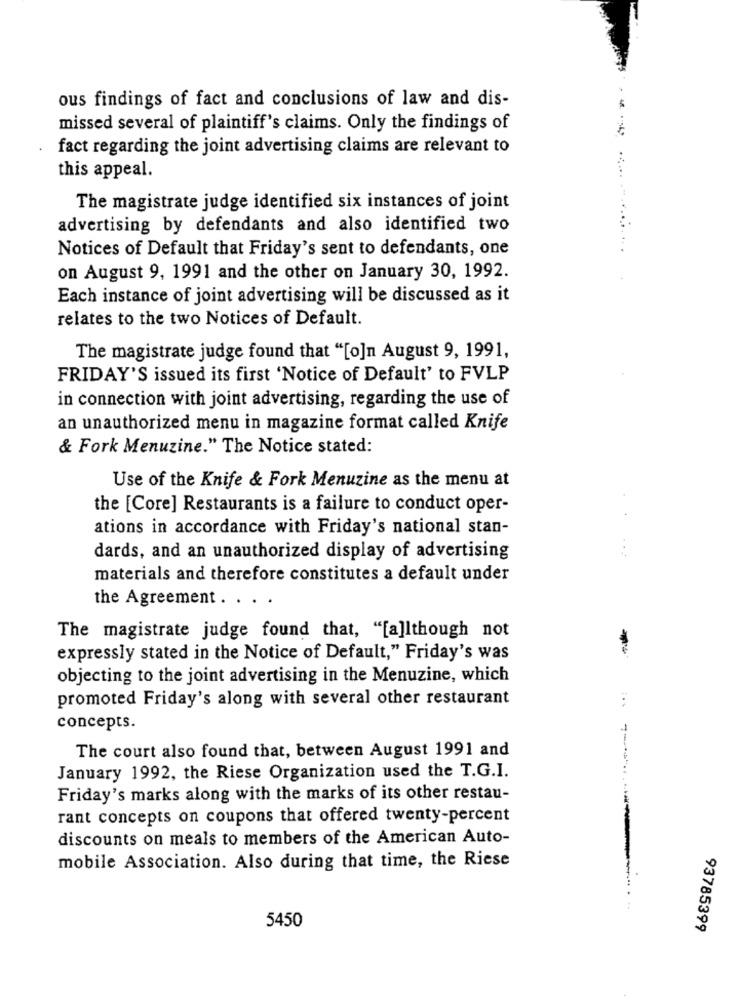
ous findings of fact and conclusions of law and dis-
missed several of plaintiff's claims. Only the findings of
fact regarding the joint advertising claims are relevant to
this appeal.
The magistrate judge identified six instances of joint
advertising by defendants and also identified two
Notices of Default that Friday's sent to defendants, one
on August 9, 1991 and the other on January 30, 1992.
Each instance of joint advertising will be discussed as it
relates to the two Notices of Default.
The magistrate judge found that "[o]n August 9, 1991,
FRIDAY'S issued its first 'Notice of Default' to FVLP
in connection with joint advertising, regarding the use of
an unauthorized menu in magazine format called Knife
& Fork Menuzine." The Notice stated:
Use of the Knife & Fork Menuzine as the menu at
the [Core] Restaurants is a failure to conduct oper-
ations in accordance with Friday's national stan-
dards, and an unauthorized display of advertising
materials and therefore constitutes a default under
the Agreement . . . .
The magistrate judge found that, "[a]lthough not
expressly stated in the Notice of Default," Friday's was
objecting to the joint advertising in the Menuzine, which
promoted Friday's along with several other restaurant
concepts.
The court also found that, between August 1991 and
January 1992, the Riese Organization used the T.G.I.
Friday's marks along with the marks of its other restau-
rant concepts on coupons that offered twenty-percent
discounts on meals to members of the American Auto-
mobile Association. Also during that time, the Riese
5450
93785399